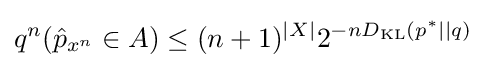
q^{n}({\hat {p}}_{x^{n}}\in A)\leq (n+1)^{|X|}2^{-nD_{\mathrm {KL} }(p^{*}||q)}